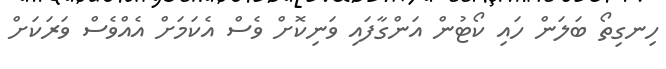
ހިނގިތޯ ބަލަން ހައި ކޯޓުން އަންގާފައި ވަނިކޮށް ވެސް އެކަމަށް އެއްވެސް ވަރަކަށް